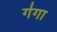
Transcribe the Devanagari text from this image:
ग॑गा